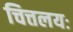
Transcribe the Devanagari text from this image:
चित्तलयः